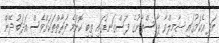
އަދި އެކަމުގައި ޝާމިލްވާ ޕާކިސްތާނުގެ ފަސްގަނޑުގައި ތިބި ކޮންމެ ފަރާތްތަކަށްވެސް އަދަބު ދޭން